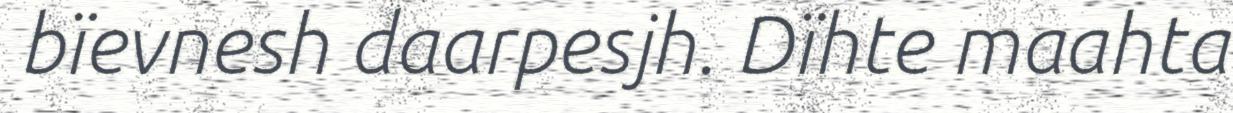
bïevnesh daarpesjh. Dïhte maahta